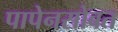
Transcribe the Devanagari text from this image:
पापेनसोबत